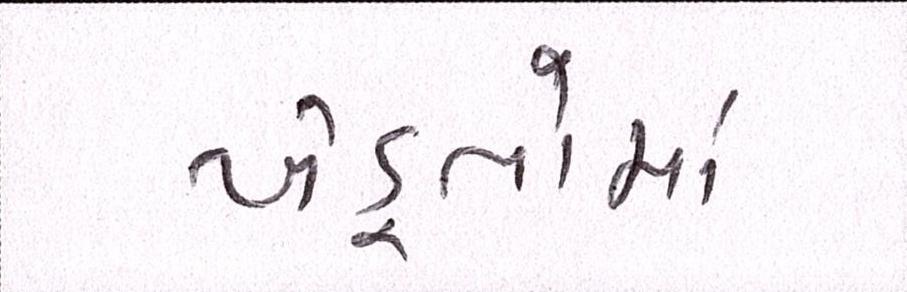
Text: ખેડુતોમાં